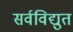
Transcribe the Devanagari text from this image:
सर्वविद्युत